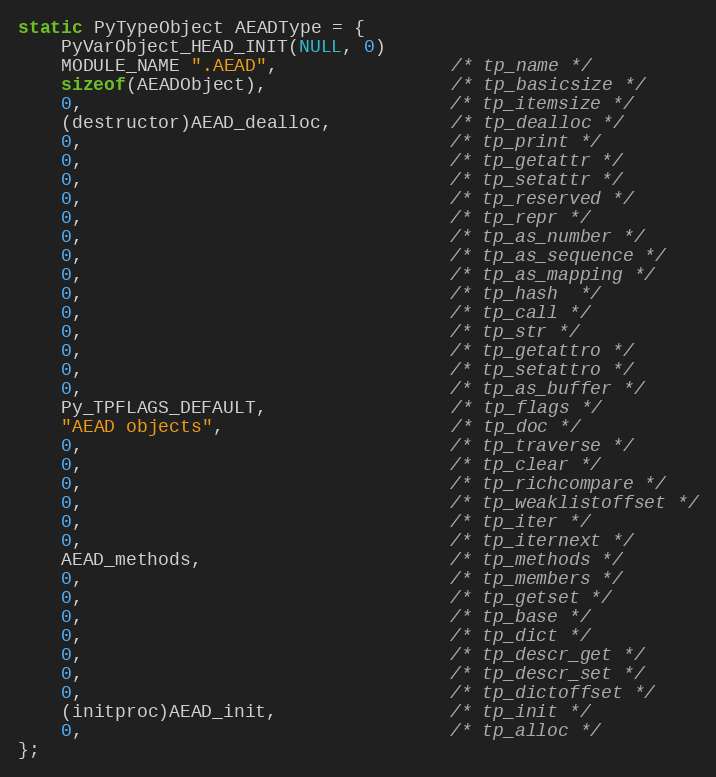
Language: C
static PyTypeObject AEADType = {
    PyVarObject_HEAD_INIT(NULL, 0)
    MODULE_NAME ".AEAD",                /* tp_name */
    sizeof(AEADObject),                 /* tp_basicsize */
    0,                                  /* tp_itemsize */
    (destructor)AEAD_dealloc,           /* tp_dealloc */
    0,                                  /* tp_print */
    0,                                  /* tp_getattr */
    0,                                  /* tp_setattr */
    0,                                  /* tp_reserved */
    0,                                  /* tp_repr */
    0,                                  /* tp_as_number */
    0,                                  /* tp_as_sequence */
    0,                                  /* tp_as_mapping */
    0,                                  /* tp_hash  */
    0,                                  /* tp_call */
    0,                                  /* tp_str */
    0,                                  /* tp_getattro */
    0,                                  /* tp_setattro */
    0,                                  /* tp_as_buffer */
    Py_TPFLAGS_DEFAULT,                 /* tp_flags */
    "AEAD objects",                     /* tp_doc */
    0,                                  /* tp_traverse */
    0,                                  /* tp_clear */
    0,                                  /* tp_richcompare */
    0,                                  /* tp_weaklistoffset */
    0,                                  /* tp_iter */
    0,                                  /* tp_iternext */
    AEAD_methods,                       /* tp_methods */
    0,                                  /* tp_members */
    0,                                  /* tp_getset */
    0,                                  /* tp_base */
    0,                                  /* tp_dict */
    0,                                  /* tp_descr_get */
    0,                                  /* tp_descr_set */
    0,                                  /* tp_dictoffset */
    (initproc)AEAD_init,                /* tp_init */
    0,                                  /* tp_alloc */
};